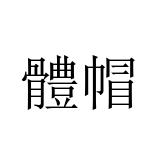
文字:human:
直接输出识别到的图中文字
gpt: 體帽